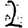
Digit: 2